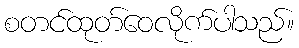
စတင်ထုတ်ဝေလိုက်ပါသည်။